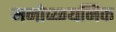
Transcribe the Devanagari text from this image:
मनोव्य्ग्यनिक